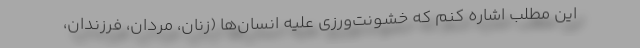
اين مطلب اشاره كنم كه خشونت‌ورزي عليه انسان‌ها (زنان، مردان، فرزندان،